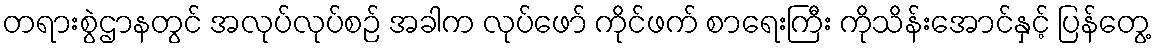
တရားစွဲဌာနတွင် အလုပ်လုပ်စဉ် အခါက လုပ်ဖော် ကိုင်ဖက် စာရေးကြီး ကိုသိန်းအောင်နှင့် ပြန်တွေ့